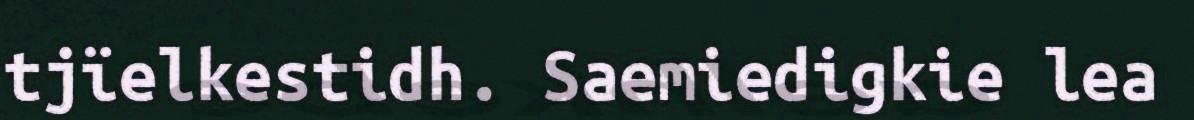
tjïelkestidh. Saemiedigkie lea